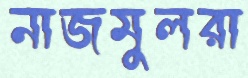
নাজমুলরা